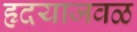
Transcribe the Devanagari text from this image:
हृदयाजवळ